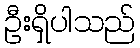
ဦးရှိပါသည်